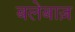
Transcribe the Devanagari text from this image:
बलेबाज़